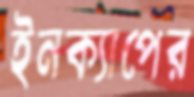
ইনক্যাপের